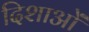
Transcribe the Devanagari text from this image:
दिशाआें